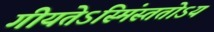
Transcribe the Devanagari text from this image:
गीयतेऽस्मिंस्ततोऽयं